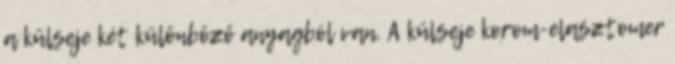
a külseje két különböző anyagból van. A külseje korom-elasztomer